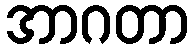
အာဂတာ